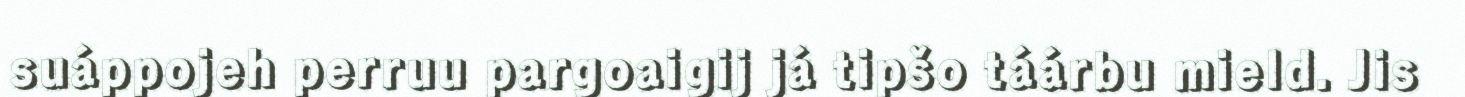
suáppojeh perruu pargoaigij já tipšo táárbu mield. Jis